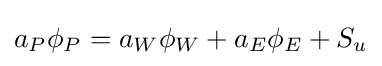
a_{P}\phi _{P}=a_{W}\phi _{W}+a_{E}\phi _{E}+S_{u}